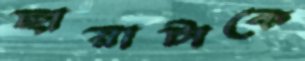
ছায়াটাকে